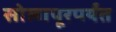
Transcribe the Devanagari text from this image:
सोलापूरपर्यंत